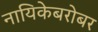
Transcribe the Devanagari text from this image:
नायिकेबरोबर